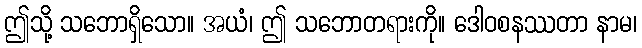
ဤသို့ သဘောရှိသော။ အယံ၊ ဤ သဘောတရားကို။ ဒေါဝစနဿတာ နာမ၊